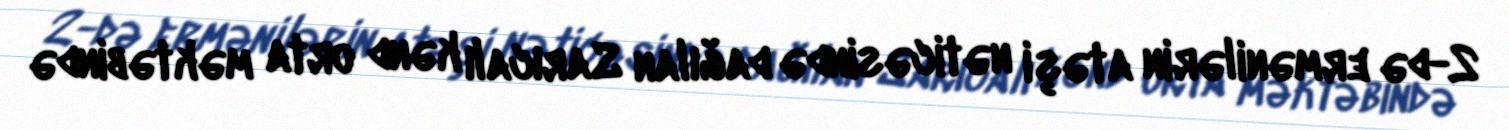
2-də ermənilərin atəşi nəticəsində dağılan Sarıcalı kənd orta məktəbində